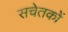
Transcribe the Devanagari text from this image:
सचेतकों